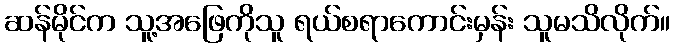
ဆန်မိုင်က သူ့အဖြေကိုသူ ရယ်စရာကောင်းမှန်း သူမသိလိုက်။